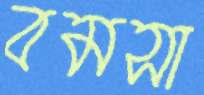
বমসা